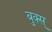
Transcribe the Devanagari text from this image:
बुक्स्